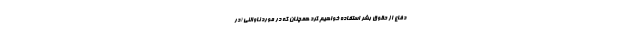
دفاع از حقوق بشر استفاده خواهیم کرد همچنان که در مورد ناوالنی (در